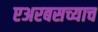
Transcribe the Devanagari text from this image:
एअरबसच्याच